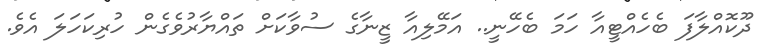
ދޫކޮއްލާފަ ބެހެއްޓީއާ ހަމަ ބެހޭނީ.. އަމޭލިއާ ޒީނާގެ ސުވާކަށް ތައްޔާރުވެގެން ހުރިކަހަލަ އެވެ.